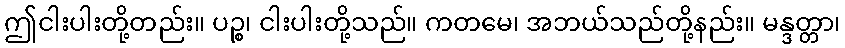
ဤငါးပါးတို့တည်း။ ပဉ္စ၊ ငါးပါးတို့သည်။ ကတမေ၊ အဘယ်သည်တို့နည်း။ မန္ဒတ္တာ၊